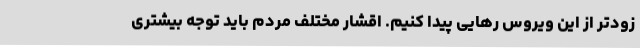
زودتر از این ویروس رهایی پیدا کنیم. اقشار مختلف مردم باید توجه بیشتری